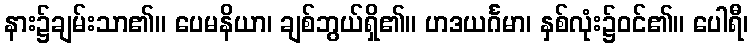
နား၌ချမ်းသာ၏။ ပေမနိယာ၊ ချစ်ဘွယ်ရှိ၏။ ဟဒယင်္ဂမာ၊ နှစ်လုံး၌ဝင်၏။ ပေါရီ၊